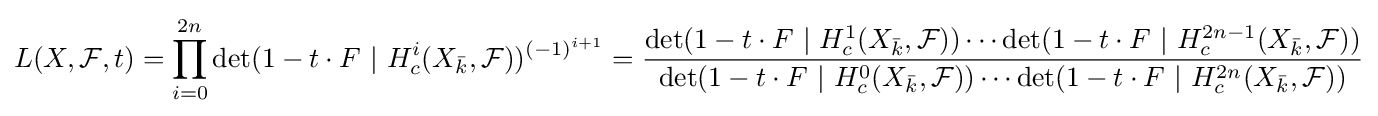
L(X,{\mathcal {F}},t)=\prod _{i=0}^{2n}\det(1-t\cdot F\,\,|\,\,H_{c}^{i}(X_{\bar {k}},{\mathcal {F}}))^{(-1)^{i+1}}={\frac {\det(1-t\cdot F\,\,|\,\,H_{c}^{1}(X_{\bar {k}},{\mathcal {F}}))\cdots \det(1-t\cdot F\,\,|\,\,H_{c}^{2n-1}(X_{\bar {k}},{\mathcal {F}}))}{\det(1-t\cdot F\,\,|\,\,H_{c}^{0}(X_{\bar {k}},{\mathcal {F}}))\cdots \det(1-t\cdot F\,\,|\,\,H_{c}^{2n}(X_{\bar {k}},{\mathcal {F}}))}}